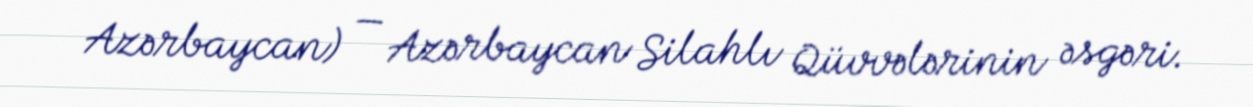
Azərbaycan) — Azərbaycan Silahlı Qüvvələrinin əsgəri.